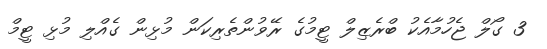
3 ގޯލް ޖެހުމާއެކު ބްރެޒިލް ޓީމުގެ ރޭވުންތެރިކަން މުޅިން ގެއްލި މުޅި ޓީމް